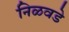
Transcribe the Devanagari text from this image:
निळवडे